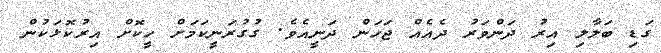
ގަޑި ބަލާލި އިރު ދަންވަރު ދެއެއް ޖަހަން ދަނީއެވެ. ގުގުރަނީކަމަށް ހީކޮށް އިރުކޮޅަކުން